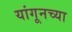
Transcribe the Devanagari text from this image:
यांगूनच्या